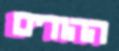
ההורים